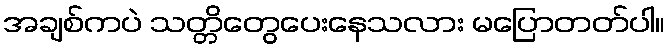
အချစ်ကပဲ သတ္တိတွေပေးနေသလား မပြောတတ်ပါ။